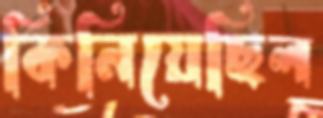
কিনিয়েছিল